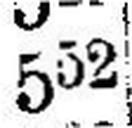
552